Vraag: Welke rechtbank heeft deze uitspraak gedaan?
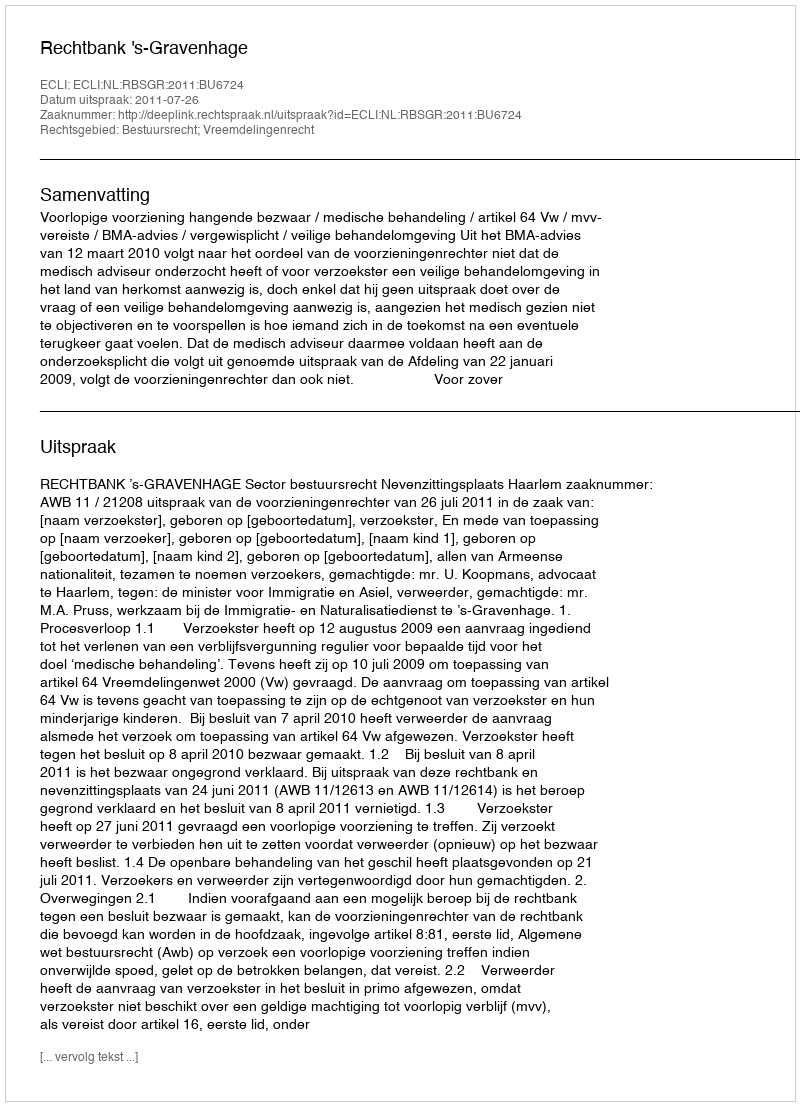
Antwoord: Rechtbank 's-Gravenhage